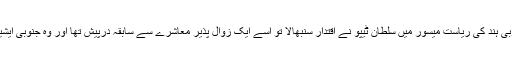
بارہویں صدی ہجری کے دوران جب ہندوستان میں مغل بادشاہت کا چراغ بتدریج گل ہو رہا تھا، جنوبی ہند کی ریاست میسور میں سلطان ٹیپوؒ نے اقتدار سنبھالا تو اسے ایک زوال پذیر معاشرے سے سابقہ درپیش تھا اور وہ جنوبی ایشیا میں برطانوی استعمار کے تیزی سے بڑھتے ہوئے قدموں کا کھلی آنکھوں سے مشاہدہ کر رہا تھا۔